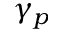
\gamma _ { p }